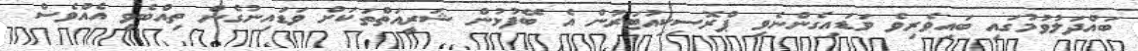
ބައްދަލުވުމުގައި ބައިވެރިވެ ވަޑައިގެންނެވި ޕްރޮސިކިއުޓަރުން އެ ބޭފުޅުން ޝަރީއަތްތަކަށް ވަޑައިނުގެން ތިއްބެވީ އެއްވެސް